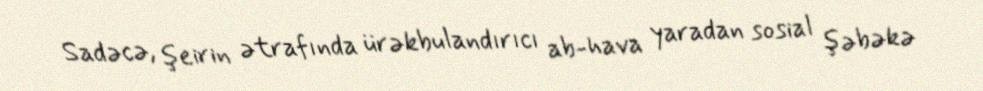
Sadəcə, şeirin ətrafında ürəkbulandırıcı ab-hava yaradan sosial şəbəkə